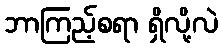
ဘာကြည့်စရာ ရှိလို့လဲ